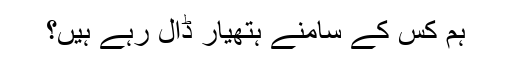
ہم کس کے سامنے ہتھیار ڈال رہے ہیں؟